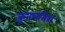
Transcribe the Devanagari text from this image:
क़ुतलमिश